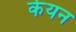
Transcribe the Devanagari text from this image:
केयन